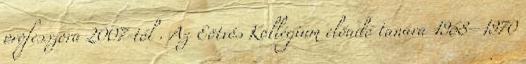
professzora 2007-től . Az Eötvös Kollégium előadó tanára 1968–1970